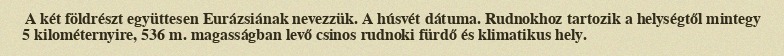
A két földrészt együttesen Eurázsiának nevezzük. A húsvét dátuma. Rudnokhoz tartozik a helységtől mintegy 5 kilométernyire, 536 m. magasságban levő csinos rudnoki fürdő és klimatikus hely.